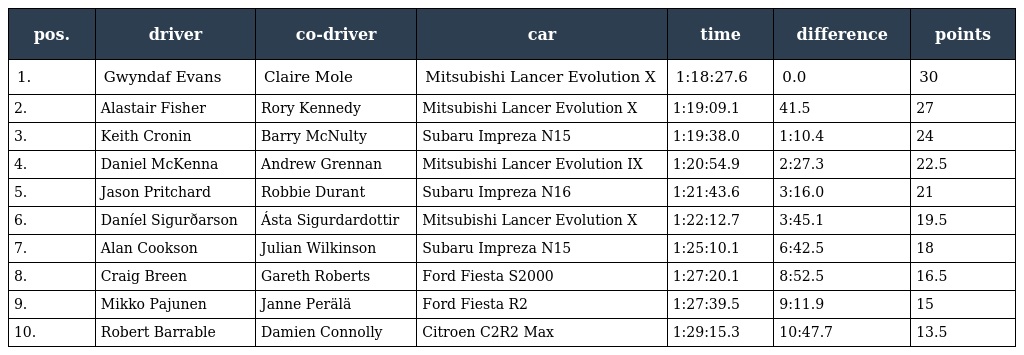
| pos. | driver | co-driver | car | time | difference | points |
 | --- | --- | --- | --- | --- | --- | --- |
 | 1. | Gwyndaf Evans | Claire Mole | Mitsubishi Lancer Evolution X | 1:18:27.6 | 0.0 | 30 |
 | 2. | Alastair Fisher | Rory Kennedy | Mitsubishi Lancer Evolution X | 1:19:09.1 | 41.5 | 27 |
 | 3. | Keith Cronin | Barry McNulty | Subaru Impreza N15 | 1:19:38.0 | 1:10.4 | 24 |
 | 4. | Daniel McKenna | Andrew Grennan | Mitsubishi Lancer Evolution IX | 1:20:54.9 | 2:27.3 | 22.5 |
 | 5. | Jason Pritchard | Robbie Durant | Subaru Impreza N16 | 1:21:43.6 | 3:16.0 | 21 |
 | 6. | Daníel Sigurðarson | Ásta Sigurdardottir | Mitsubishi Lancer Evolution X | 1:22:12.7 | 3:45.1 | 19.5 |
 | 7. | Alan Cookson | Julian Wilkinson | Subaru Impreza N15 | 1:25:10.1 | 6:42.5 | 18 |
 | 8. | Craig Breen | Gareth Roberts | Ford Fiesta S2000 | 1:27:20.1 | 8:52.5 | 16.5 |
 | 9. | Mikko Pajunen | Janne Perälä | Ford Fiesta R2 | 1:27:39.5 | 9:11.9 | 15 |
 | 10. | Robert Barrable | Damien Connolly | Citroen C2R2 Max | 1:29:15.3 | 10:47.7 | 13.5 |